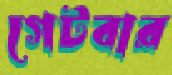
গেটবার